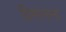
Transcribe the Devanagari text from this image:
विमांनाना